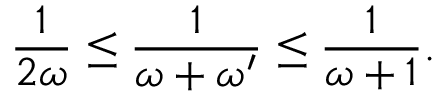
\frac { 1 } { 2 \omega } \leq \frac { 1 } { \omega + \omega ^ { \prime } } \leq \frac { 1 } { \omega + 1 } .